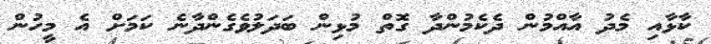
ކާޅާއި މެދު އާއްމުން ދެކެމުންދާ ގޮތް މުޅިން ބަދަލުވެގެންދާނެ ކަމަށް އެ މީހުން